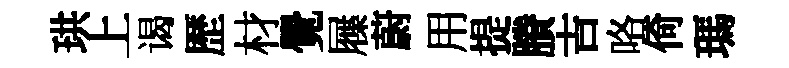
珙上谒歴材覺屧蔚用提賸吉咯倚瑪